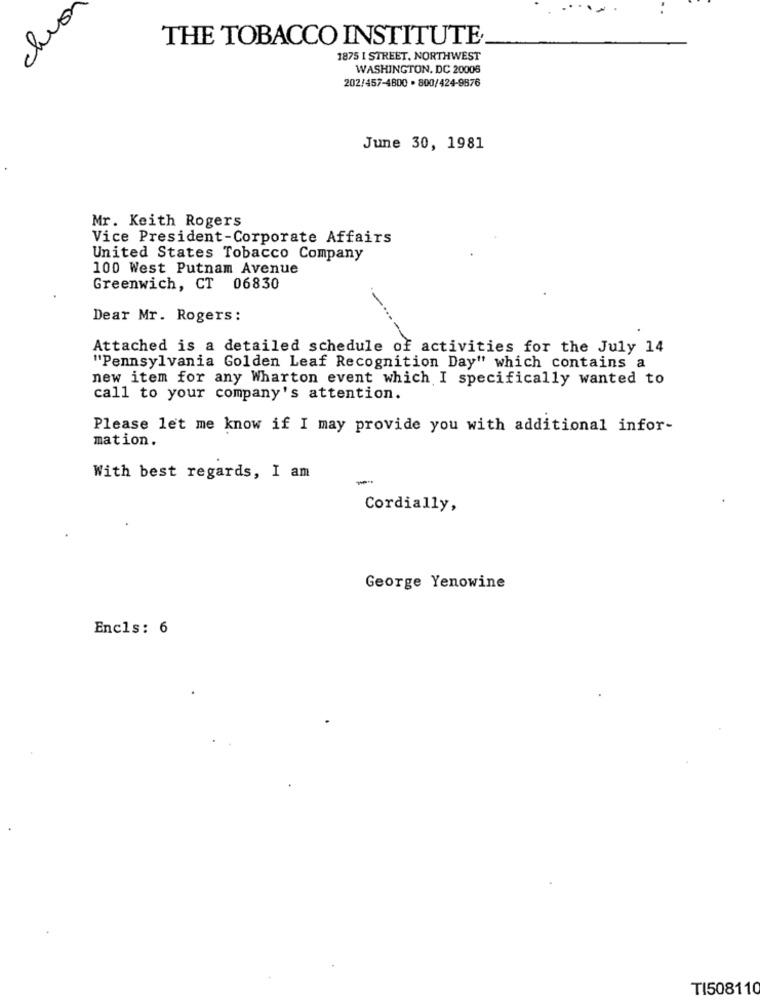
che
THE TOBACCO INSTITUTE
1875 I STREET, NORTHWEST
WASHINGTON, DC 20006
202/457-4800 . 800/424-9876
June 30, 1981
Mr. Keith Rogers
Vice President-Corporate Affairs
United States Tobacco Company
100 West Putnam Avenue
Greenwich, CT 06830
Dear Mr. Rogers:
Attached is a detailed schedule of activities for the July 14
"Pennsylvania Golden Leaf Recognition Day" which contains a
new item for any Wharton event which I specifically wanted to
call to your company's attention.
Please let me know if I may provide you with additional infor-
mation.
With best regards, I am
--
Cordially,
George Yenowine
Encls: 6
TI508110